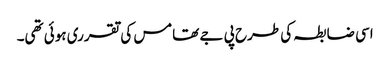
اسی ضابطہ کی طرح پی جے تھامس کی تقرری ہوئی تھی۔